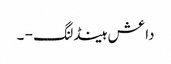
داعش ہینڈلنگ - ۔